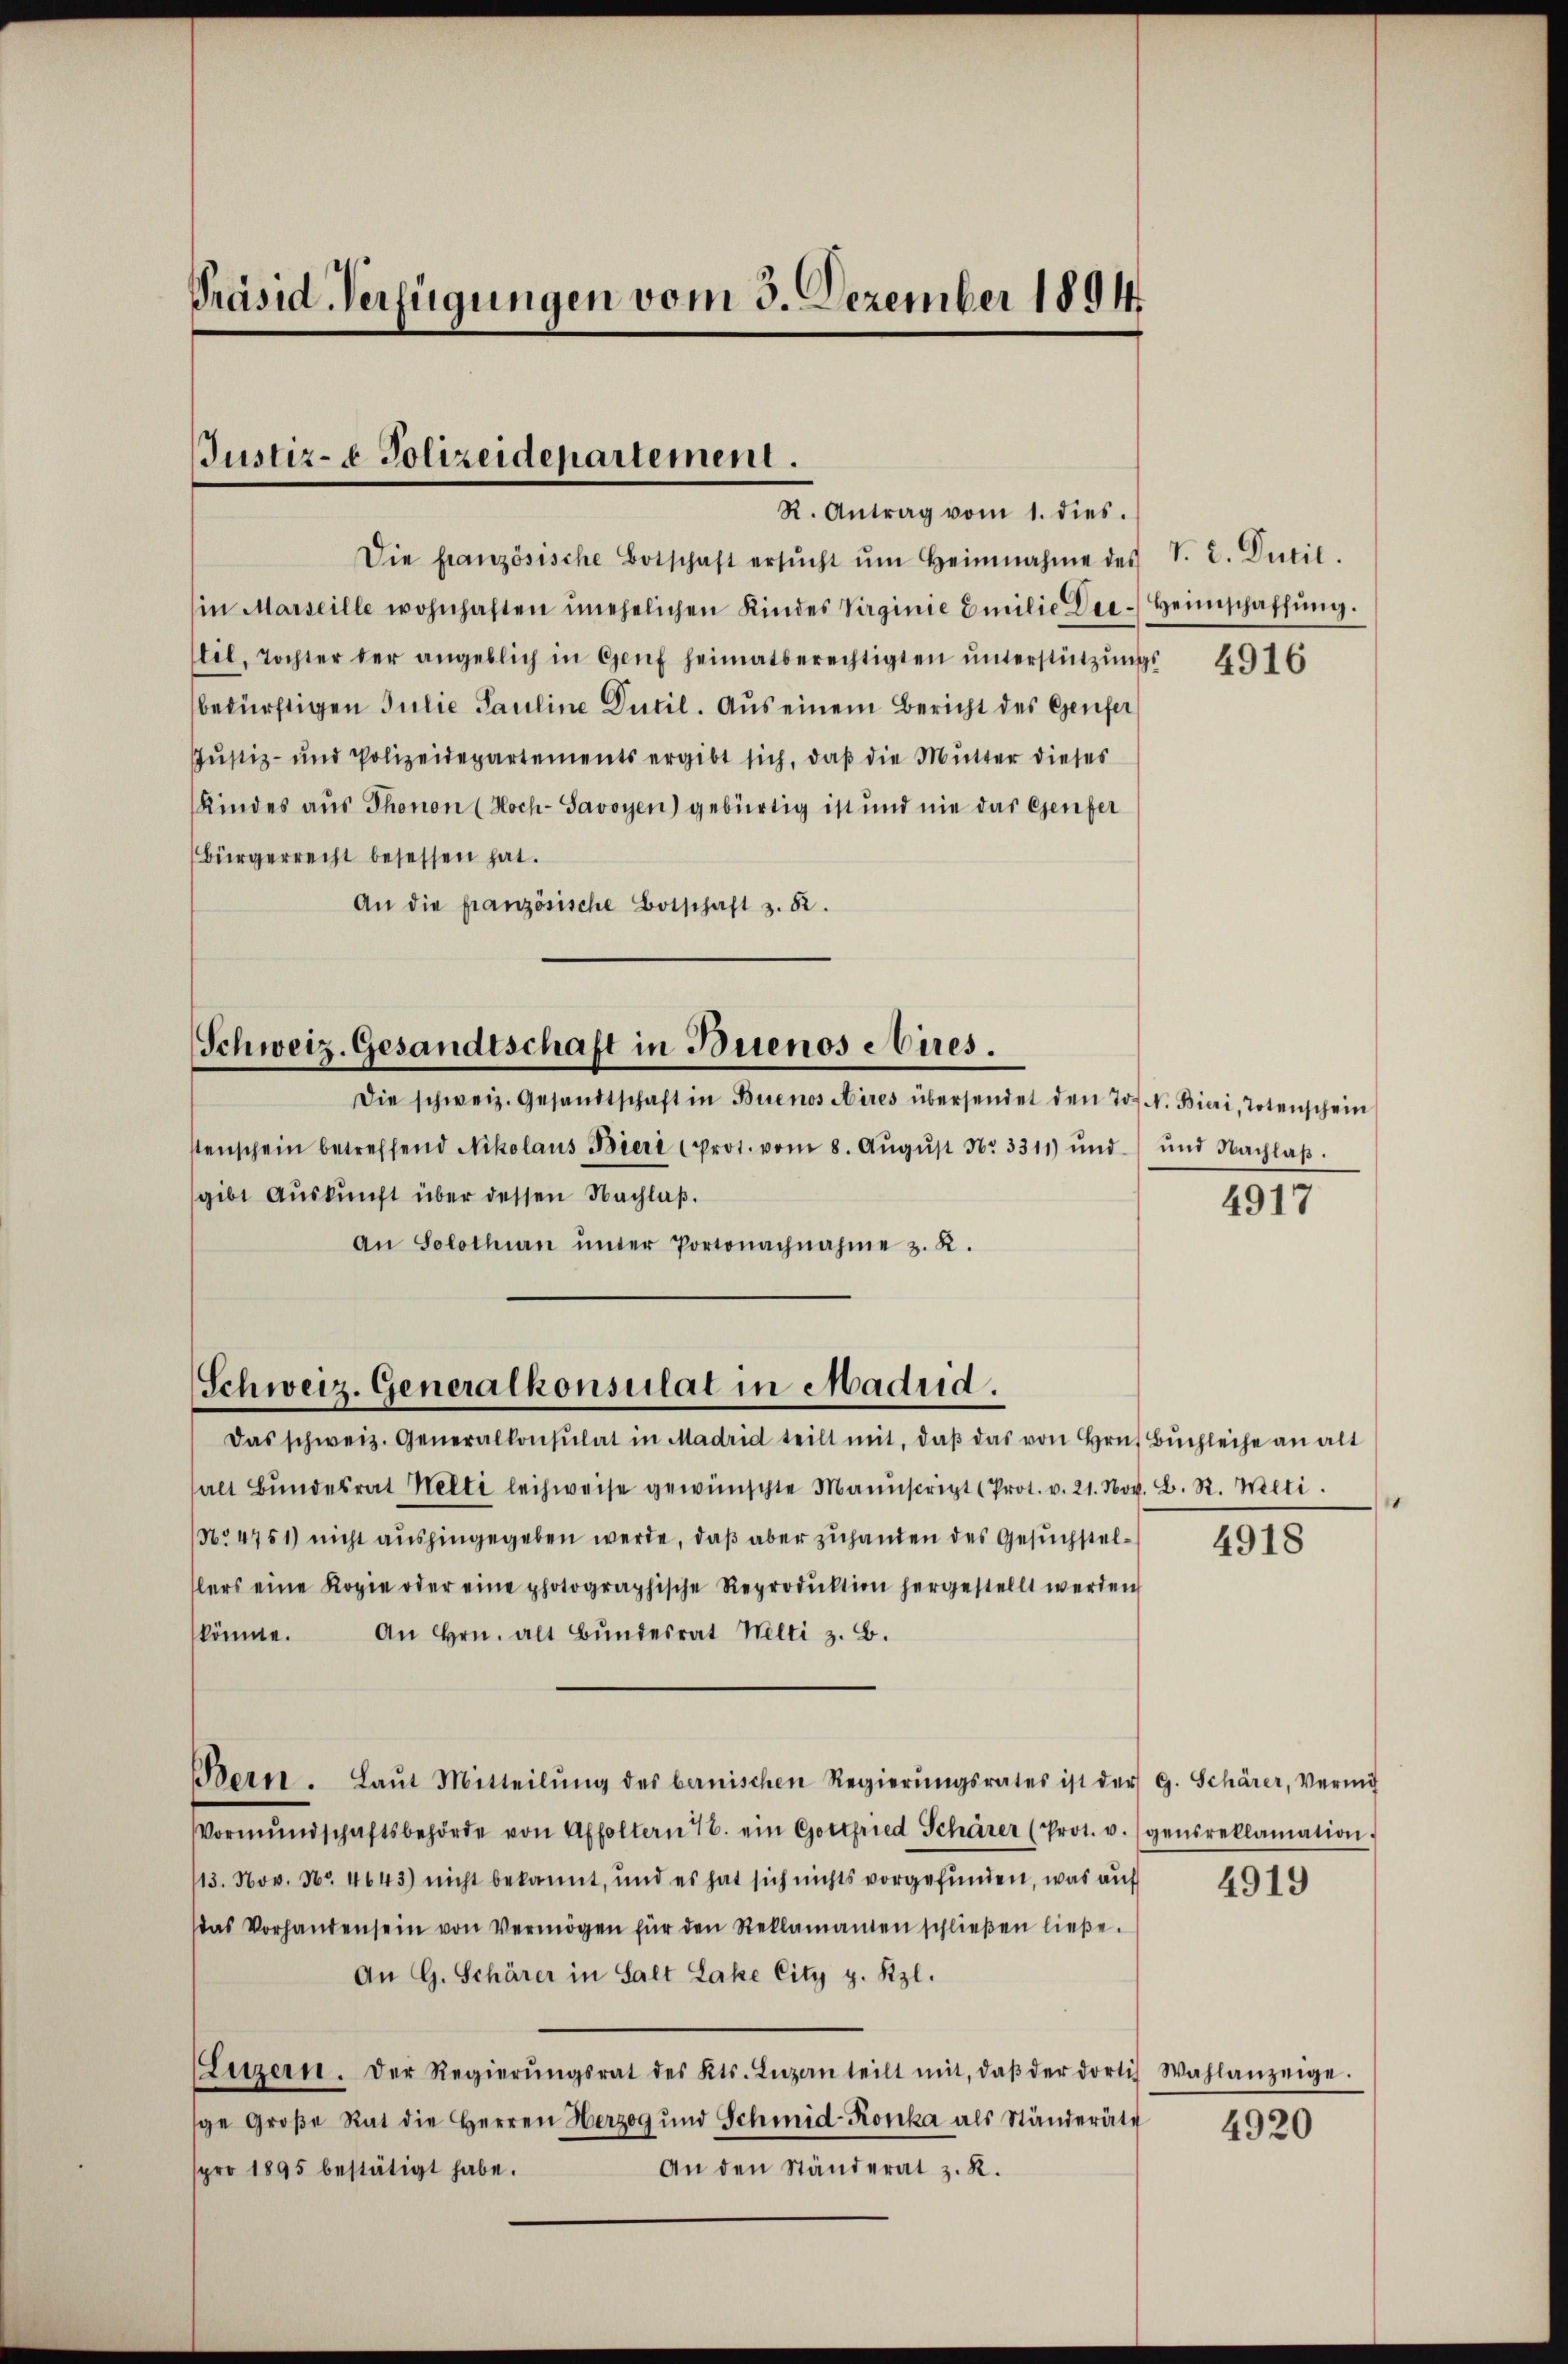
Präsid-Verfügungen vom 3. Dezember 1894

Justiz- & Polizeidepartement.
R. Antrag vom 1. dies.

Die französische Botschaft ersŭcht ŭm Heinnahme des S. C. Ducil.
in Marseille wohnhaften unehelichen Kindes Virginie Emilie Die-Heimschaffŭng.
til, Tochter der angeblich in Genf heimatberechtigten ŭnterstützŭngs-
bedürftigen Julie Pauline Dutil. Aus einem Bericht des Genfer
Justiz- und Polizeidepartements ergibt sich, daß die Mutter dieses
Kindes aus Thonon (Hoch-Savoyen) gebürtig ist und nie das Genfer
Bürgerrecht besessen hat.
An die französische Botschaft z. 82.

Schweiz. Gesandtschaft in Buenos Aires.

Schweiz. Generalkonsulat in Madrid.

Die schweiz. Gesandtschaft in Buenos Aires übersendet den Jos. N. Bieri, Totenschein
tenschein betreffend Nikolaus Bieri prot. vom 8. Aŭgŭst No 3311) und und Nachlaβ.
gibt Aŭskŭnft über dessen Nachlaß.
An Solothurn ŭnter Portonachnahme z. R.

Das schweiz. Generalkonsulat in Madrid teilt mit, daβ das von Hrn. Buchleihe an alt
halt Bŭndesrat Welti leihweise gewünschte Manuscript (Prot. v. 21. Nov. B. R. Welti.
No 4751) nicht aushingegeben werde, daß aber zuhanden des Gesuchstellers eine Kopie oder eine photographische Reproduktion hergestellt werden
könnte. An Hrn. alt Bŭndesrat Welti z. B.
Bern. Laŭt Mitteilŭng des benischen Regierŭngsrates ist der G. Schärer, Vermi
Vormŭndschaftsbehörde von Affoltern 7. ein Gottfried Schärer (Prot. v. gensreklamation.
13. Nov. No. 4643) nicht bekannt, und es hat sich nichts vorgefunden, was auf
das Vorhanden sein von Vermögen für den Reklamanten schlieβen ließe.
An G. Schärer in Salt Lake City g. Kzl.
Litzern. Der Regierŭngsrat des Kts. Lŭzan teilt mit, daβ der dortis Wahlanzeige.
ge Große Rat die Herren Herzog und Schmid-Konka als Ständeräte
An den Ständerat z. R.
pro 1895 bestätigt habe.

4916

4917

e

4918

4919

4920